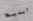
أبدية